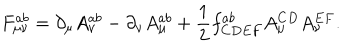
LaTeX: F _ { \mu \nu } ^ { a b } = \partial _ { \mu } A _ { \nu } ^ { a b } - \partial _ { \nu } A _ { \mu } ^ { a b } + \frac { 1 } { 2 } f _ { C D E F } ^ { a b } A _ { \mu } ^ { C D } A _ { \nu } ^ { E F } .